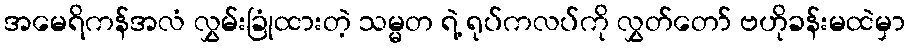
အမေရိကန်အလံ လွှမ်းခြုံထားတဲ့ သမ္မတ ရဲ့ ရုပ်ကလပ်ကို လွှတ်တော် ဗဟိုခန်းမထဲမှာ